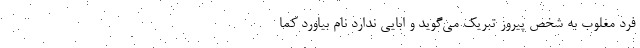
فرد مغلوب به شخص پیروز تبریک می‌گوید و ابایی ندارد نام بیاورد کما